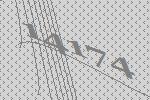
14174